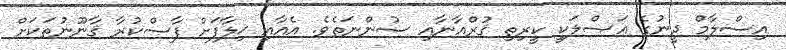
އިސްލާމް ދީނުގެ އަޞްލަކީ ކީރިތި ޤުރްއާނާއި ސުންނަތެވެ. އެއާއި ޚިލާފަށް ފާސްކުރާ ޤާނޫނުތަކަށް